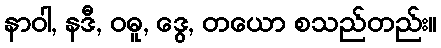
နာဝါ, နဒီ, ဝဓူ, ဒွေ, တယော စသည်တည်း။